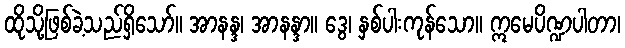
ထိုသို့ဖြစ်ခဲ့သည်ရှိသော်။ အာနန္ဒ၊ အာနန္ဒာ။ ဒွေ၊ နှစ်ပါးကုန်သော။ ဣမေပိဏ္ဍပါတာ၊